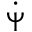
\dot { \Psi }